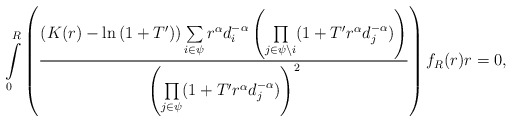
\begin{align*}\int\limits_{0}^{R}\left(\frac{\left(K(r)-\ln{(1+T')}\right)\sum\limits_{i\in \psi}r^\alpha d_i^{-\alpha}\left ( \underset{j \in \psi\setminus i}\prod{(1+T' r^\alpha d_j^{-\alpha}})\right)}{\left(\underset{j \in \psi}\prod{(1+T' r^\alpha d_j^{-\alpha})}\right)^2}\right)f_R(r)r=0,\end{align*}